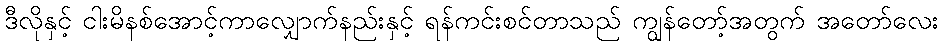
ဒီလိုနှင့် ငါးမိနစ်အောင့်ကာလျှောက်နည်းနှင့် ရန်ကင်းစင်တာသည် ကျွန်တော့်အတွက် အတော်လေး